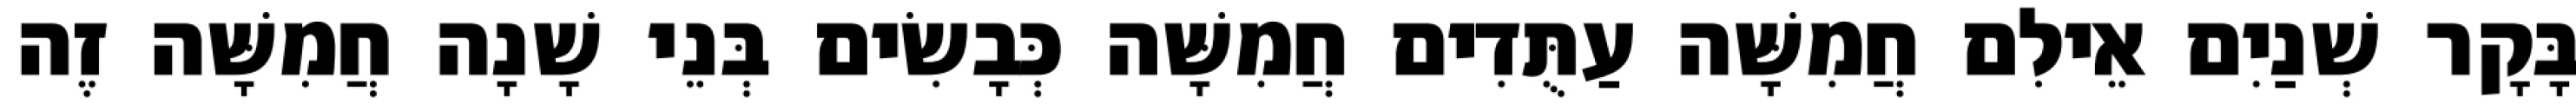
בָּקָר שְׁנַיִם אֵילִם חֲמִשָּׁה עַתֻּדִים חֲמִשָּׁה כְּבָשִׂים בְּנֵי שָׁנָה חֲמִשָּׁה זֶה